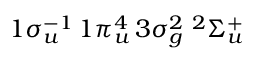
1 \sigma _ { u } ^ { - 1 } \, 1 \pi _ { u } ^ { 4 } \, 3 \sigma _ { g } ^ { 2 } \; { ^ 2 } \Sigma _ { u } ^ { + }